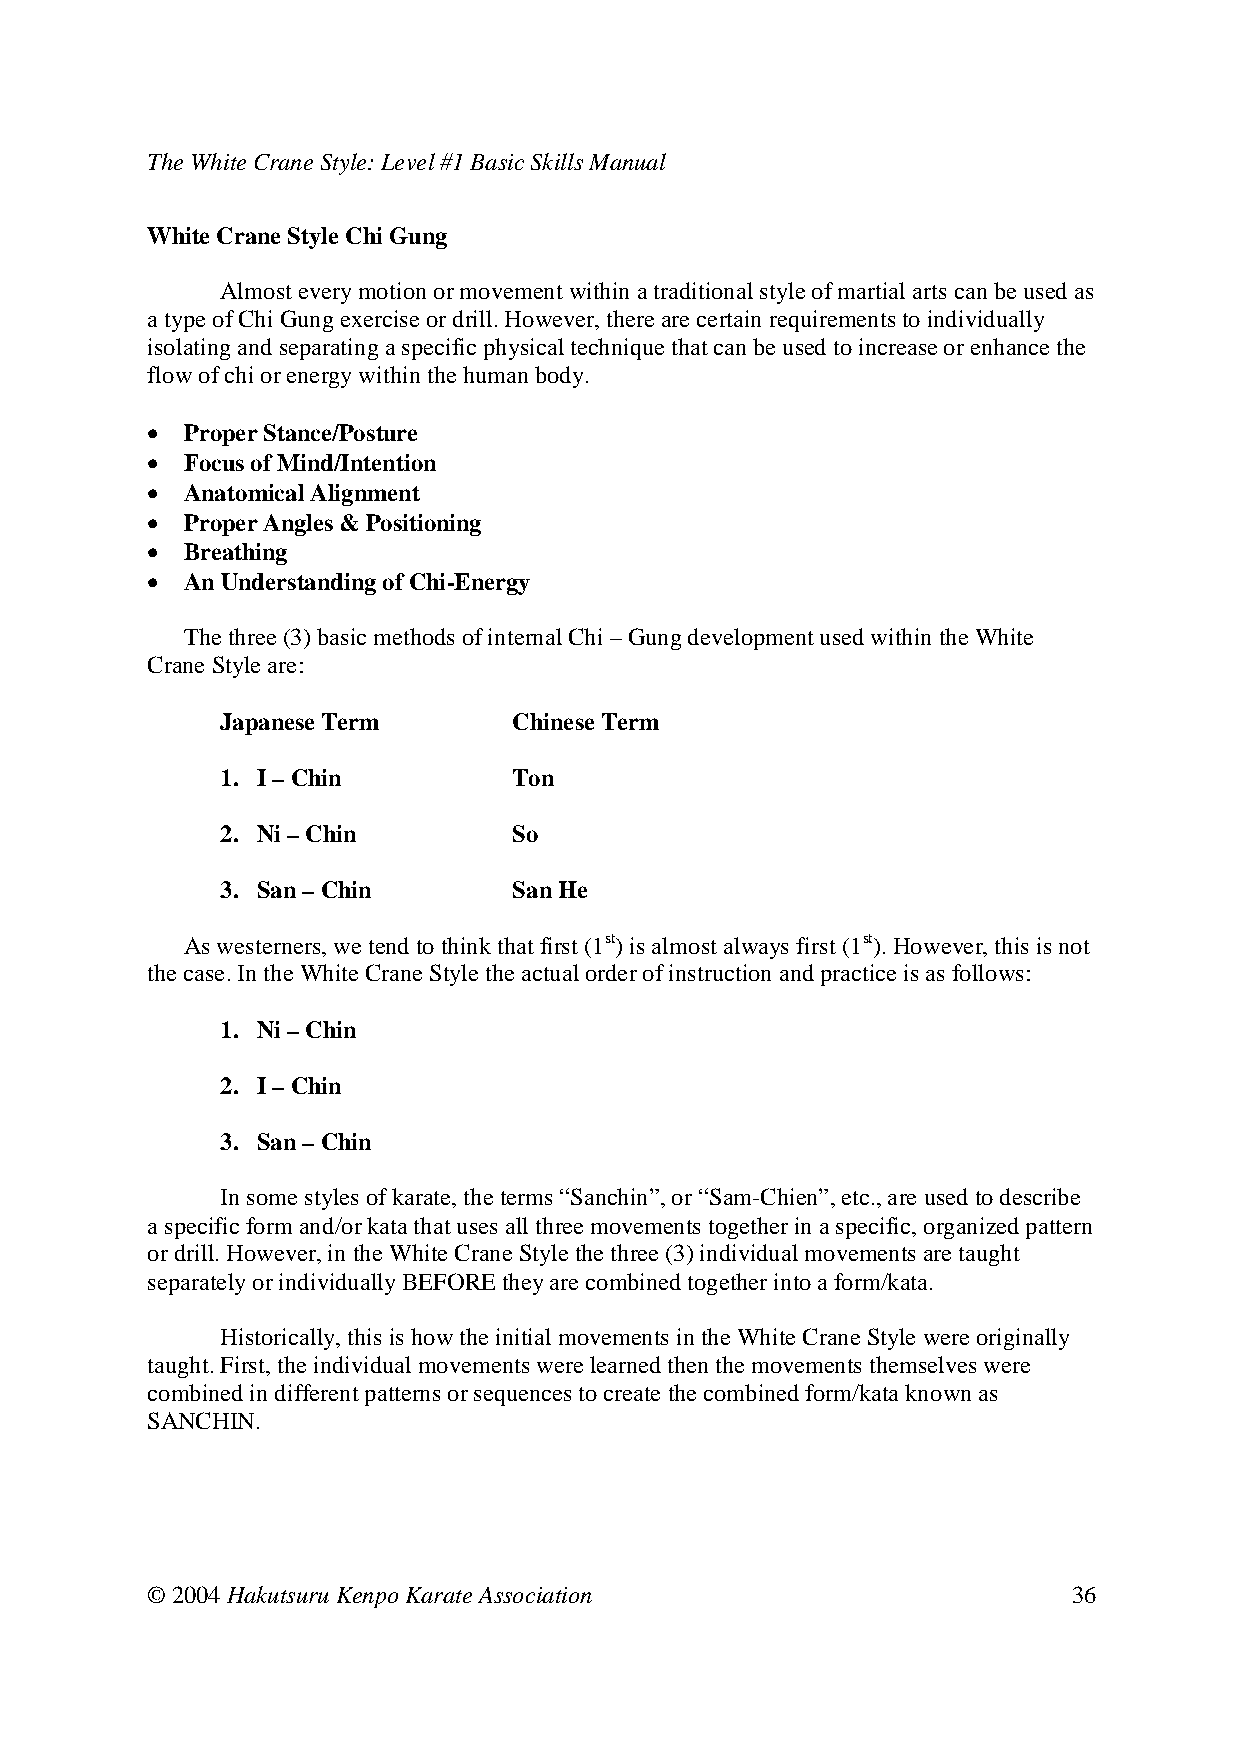
The White Crane Style: Level #1 Basic Skills Manual
 White Crane Style Chi Gung
 Almost every motion or movement within a traditional style of martial arts can be used as
 a type of Chi Gung exercise or drill. However, there are certain requirements to individually
 isolating and separating a specific physical technique that can be used to increase or enhance the
 flow of chi or energy within the human body.
 • Proper Stance/Posture
 • Focus of Mind/Intention
 • Anatomical Alignment
 • Proper Angles & Positioning
 • Breathing
 • An Understanding of Chi-Energy
 The three (3) basic methods of internal Chi – Gung development used within the White
 Crane Style are:
 Japanese Term Chinese Term
 1. I – Chin  Ton
 2. Ni – Chin  So
 3. San – Chin San He
 As westerners, we tend to think that first (1st) is almost always first (1st). However, this is not
 the case. In the White Crane Style the actual order of instruction and practice is as follows:
 1. Ni – Chin
 2. I – Chin
 3. San – Chin
 In some styles of karate, the terms “Sanchin”, or “Sam-Chien”, etc., are used to describe
 a specific form and/or kata that uses all three movements together in a specific, organized pattern
 or drill. However, in the White Crane Style the three (3) individual movements are taught
 separately or individually BEFORE they are combined together into a form/kata.
 Historically, this is how the initial movements in the White Crane Style were originally
 taught. First, the individual movements were learned then the movements themselves were
 combined in different patterns or sequences to create the combined form/kata known as
 SANCHIN.
 © 2004 Hakutsuru Kenpo Karate Association                    36